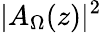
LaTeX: |A_{\Omega}(z)|^{2}